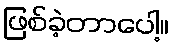
ဖြစ်ခဲ့တာပေါ့။